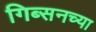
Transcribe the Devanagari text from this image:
गिब्सनच्या